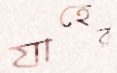
যাহের